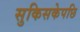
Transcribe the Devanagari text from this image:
सुकिसकेपछि